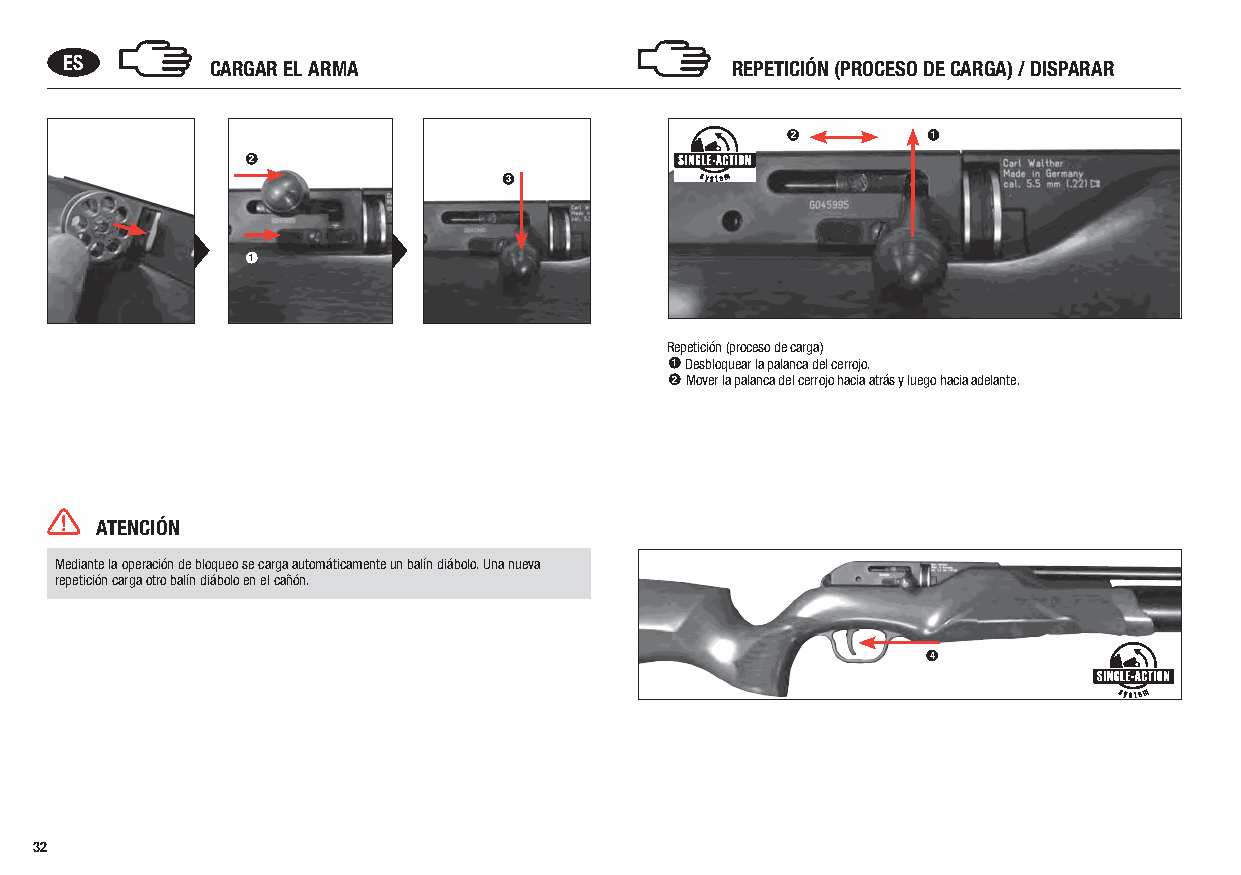
ES        CARGAR EL ARMA                    REPETICIÓN (PROCESO DE CARGA) / DISPARAR
 2         1
 2
 3
 1
 Repetición (proceso de carga)
 1 Desbloquear la palanca del cerrojo.
 2 Mover la palanca del cerrojo hacia atrás y luego hacia adelante.
 ATENCIÓN
 Mediante la operación de bloqueo se carga automáticamente un balín diábolo. Una nueva
 repetición carga otro balín diábolo en el cañón.
 4
 32